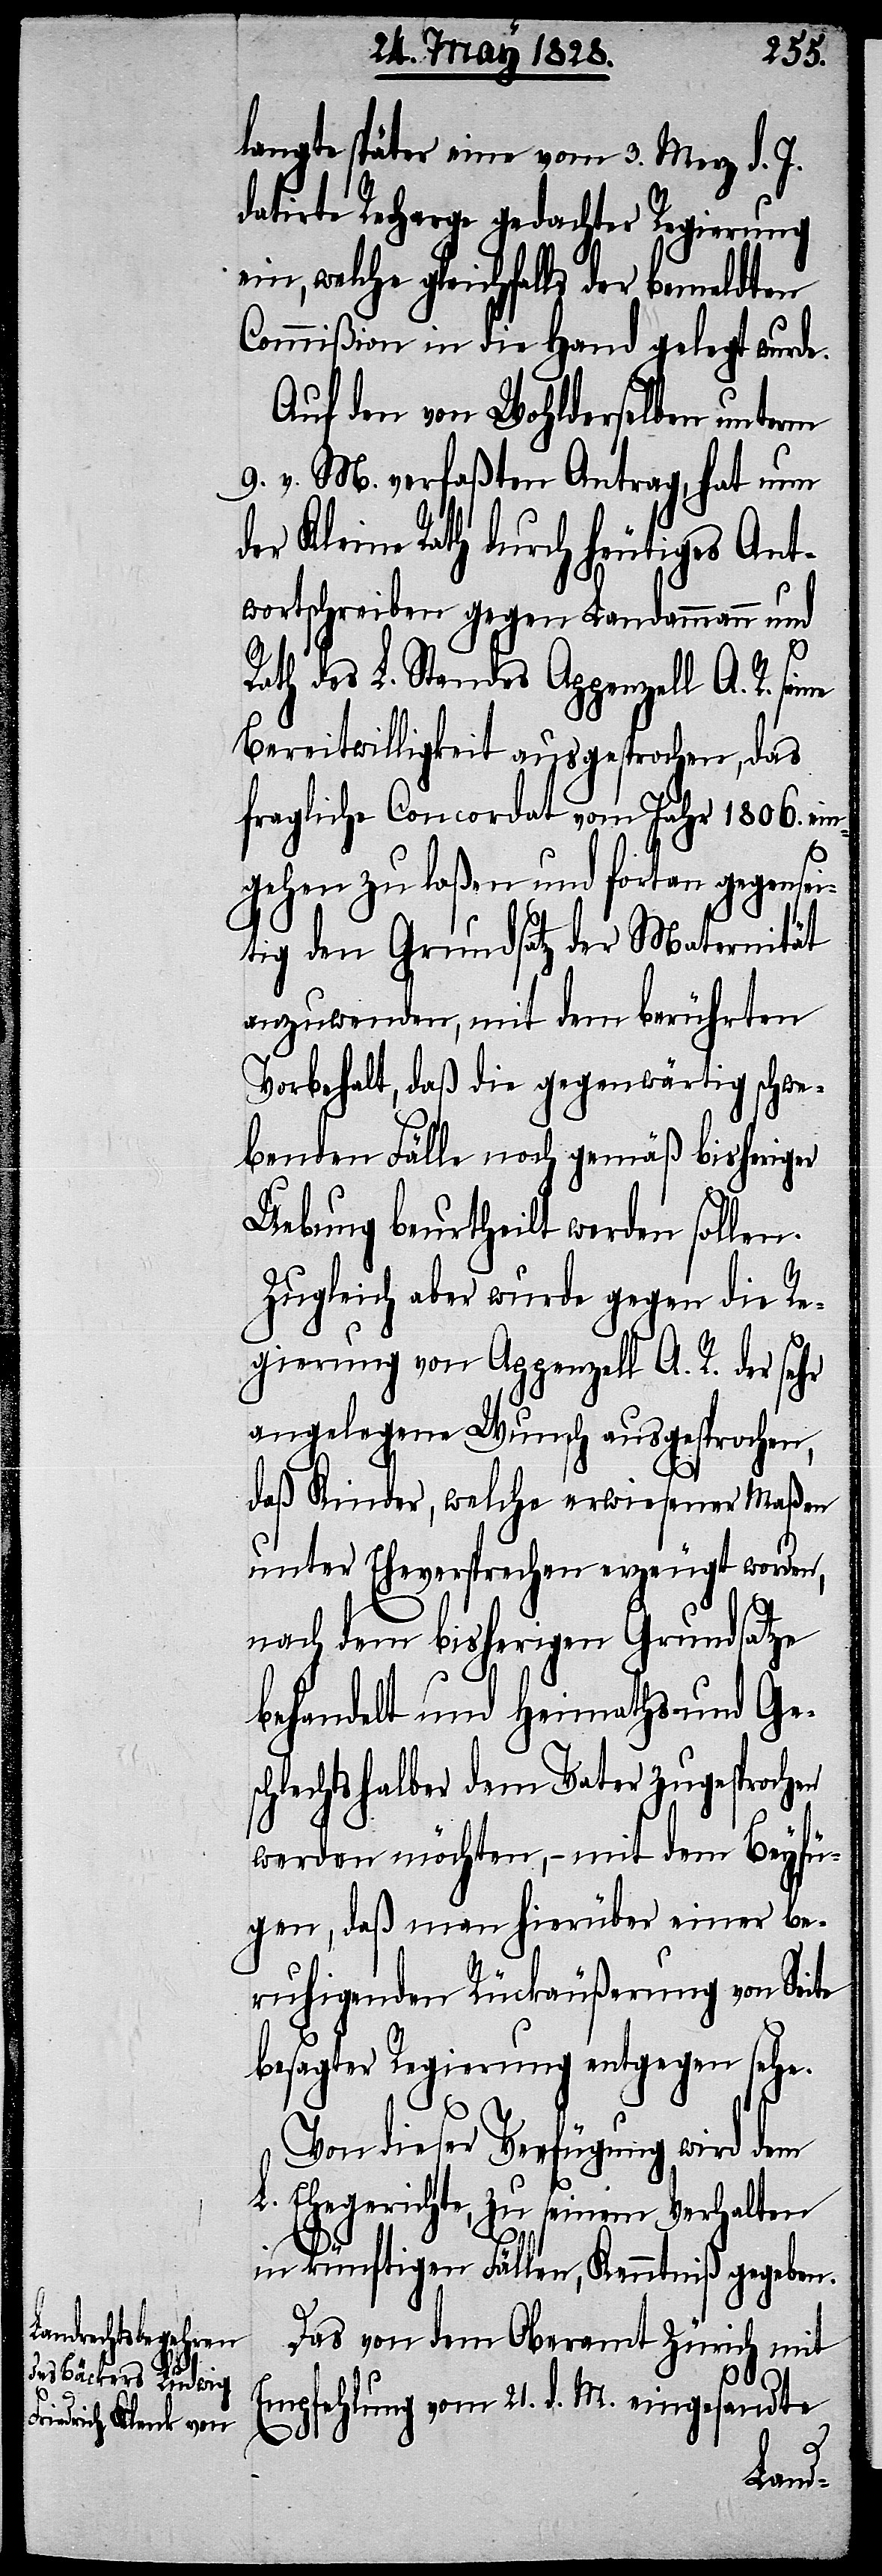
langte später eine vom 3. Merz d. J.
datirte Recharge gedachter Regierung
ein, welche gleichfalls der bemeldten
Commißion in die Hand gelegt wurde.
Auf den von Wohlderselben unterm
9. v. M. verfaßten Antrag, hat nun
er Kleine Rath durch heutiges Ant¬
wortschreiben gegen Landammann und
Rath des L. Standes Appenzell A. R. sei¬
Bereitwilligkeit ausgesprochen, das
fragliche Concordat vom Jahr 1806. ein¬
gehen zu laßen und fortan gegensei¬
tig den Grundsatz der Maternität
anzuwenden, mit dem berührten
Vorbehalt, daß die gegenwärtig schwe¬
benden Fälle noch gemäß bisheriger
Uebung beurtheilt werden sollen.
Zugleich aber wurde gegen die Re¬
gierung von Appenzell A. R. der sehr
angelegene Wunsch ausgesprochen,
daß Kinder, welche erwiesener Maßen
unter Eheversprechen erzeugt worden,
nach dem bisherigen Grundsatze
behandelt und Heimaths- und Ges¬
chlechtshalber dem Vater zugesprochen
werden möchte, – mit dem Beyfü¬
gen, daß man hierüber einer be¬
ruhigenden Rückäußerung von Seite
besagter Regierung entgegen sehe.
Von dieser Verfügung wird dem
L. Ehegerichte, zu seinem Verhalten
ne
in künftigen Fällen, Kenntniß gegeben.
Das von dem Oberamt Zürich mit
Empfehlung vom 21. d. M. eingesandte